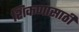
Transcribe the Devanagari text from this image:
शिकणासाठी